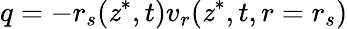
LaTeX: q=-r_{s}(\mathit{z}^{*},t)v_{r}(\mathit{z}^{*},t,r=r_{s})